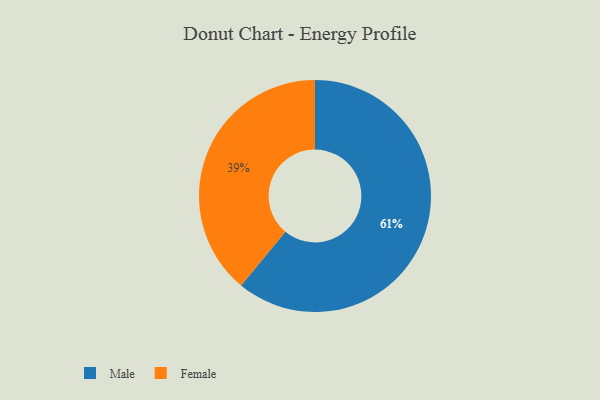
{"axis": {"x": "Category", "y": "Percentage"}, "legend": ["Female", "Male"], "data": [{"x": "Female", "y": 39, "type": "Female"}, {"x": "Male", "y": 61, "type": "Male"}]}